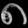
Digit: ၈